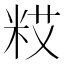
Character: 𮇗